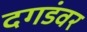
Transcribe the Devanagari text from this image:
दगडंवर